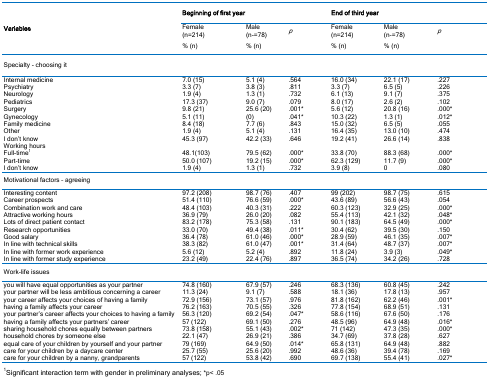
<table><thead><tr><td rowspan="3"><b>Variables</b></td><td colspan="3"><b>Beginning of first year</b></td><td colspan="3"><b>End of third year</b></td></tr><tr><td><b>Female (n=214)</b></td><td><b>Male (n-=78)</b></td><td><b>p</b></td><td><b>Female (n=214)</b></td><td><b>Male (n-=78)</b></td><td><b>p</b></td></tr><tr><td><b>% (n)</b></td><td><b>% (n)</b></td><td></td><td><b>% (n)</b></td><td><b>% (n)</b></td><td></td></tr></thead><tbody><tr><td>Specialty - choosing it</td><td></td><td></td><td></td><td></td><td></td><td></td></tr><tr><td>Internal medicine</td><td>7.0 (15)</td><td>5.1 (4)</td><td>.564</td><td>16.0 (34)</td><td>22.1 (17)</td><td>.227</td></tr><tr><td>Psychiatry</td><td>3.3 (7)</td><td>3.8 (3)</td><td>.811</td><td>3.3 (7)</td><td>6.5 (5)</td><td>.226</td></tr><tr><td>Neurology</td><td>1.9 (4)</td><td>1.3 (1)</td><td>.732</td><td>6.1 (13)</td><td>9.1 (7)</td><td>.375</td></tr><tr><td>Pediatrics</td><td>17.3 (37)</td><td>9.0 (7)</td><td>.079</td><td>8.0 (17)</td><td>2.6 (2)</td><td>.102</td></tr><tr><td>Surgery</td><td>9.8 (21)</td><td>25.6 (20)</td><td>.001<sup>*</sup></td><td>5.6 (12)</td><td>20.8 (16)</td><td>.000<sup>*</sup></td></tr><tr><td>Gynecology</td><td>5.1 (11)</td><td>(0)</td><td>.041<sup>*</sup></td><td>10.3 (22)</td><td>1.3 (1)</td><td>.012<sup>*</sup></td></tr><tr><td>Family medicine</td><td>8.4 (18)</td><td>7.7 (6)</td><td>.843</td><td>15.0 (32)</td><td>6.5 (5)</td><td>.055</td></tr><tr><td>Other</td><td>1.9 (4)</td><td>5.1 (4)</td><td>.131</td><td>16.4 (35)</td><td>13.0 (10)</td><td>.474</td></tr><tr><td>I don’t know</td><td>45.3 (97)</td><td>42.2 (33)</td><td>.646</td><td>19.2 (41)</td><td>26.6 (14)</td><td>.838</td></tr><tr><td>Working hours</td><td></td><td></td><td></td><td></td><td></td><td></td></tr><tr><td>Full-time<sup></sup></td><td>48.1(103)</td><td>79.5 (62)</td><td>.000<sup>*</sup></td><td>33.8 (70)</td><td>88.3 (68)</td><td>.000<sup>*</sup></td></tr><tr><td>Part-time</td><td>50.0 (107)</td><td>19.2 (15)</td><td>.000<sup>*</sup></td><td>62.3 (129)</td><td>11.7 (9)</td><td>.000<sup>*</sup></td></tr><tr><td>I don’t know</td><td>1.9 (4)</td><td>1.3 (1)</td><td>.732</td><td>3.9 (8)</td><td>0</td><td>.080</td></tr><tr><td>Motivational factors – agreeing</td><td></td><td></td><td></td><td></td><td></td><td></td></tr><tr><td>Interesting content</td><td>97.2 (208)</td><td>98.7 (76)</td><td>.407</td><td>99 (202)</td><td>98.7 (75)</td><td>.615</td></tr><tr><td>Career prospects</td><td>51.4 (110)</td><td>76.6 (59)</td><td>.000<sup>*</sup></td><td>43.6 (89)</td><td>56.6 (43)</td><td>.054</td></tr><tr><td>Combination work and care</td><td>48.4 (103)</td><td>40.3 (31)</td><td>.222</td><td>60.3 (123)</td><td>32.9 (25)</td><td>.000<sup>*</sup></td></tr><tr><td>Attractive working hours</td><td>36.9 (79)</td><td>26.0 (20)</td><td>.082</td><td>55.4 (113)</td><td>42.1 (32)</td><td>.048<sup>*</sup></td></tr><tr><td>Lots of direct patient contact</td><td>83.2 (178)</td><td>75.3 (58)</td><td>.131</td><td>90.1 (183)</td><td>64.5 (49)</td><td>.000<sup>*</sup></td></tr><tr><td>Research opportunities</td><td>33.0 (70)</td><td>49.4 (38)</td><td>.011<sup>*</sup></td><td>30.4 (62)</td><td>39.5 (30)</td><td>.150</td></tr><tr><td>Good salary</td><td>36.4 (78)</td><td>61.0 (46)</td><td>.000<sup>*</sup></td><td>28.9 (59)</td><td>46.1 (35)</td><td>.007<sup>*</sup></td></tr><tr><td>In line with technical skills</td><td>38.3 (82)</td><td>61.0 (47)</td><td>.001<sup>*</sup></td><td>31.4 (64)</td><td>48.7 (37)</td><td>.007<sup>*</sup></td></tr><tr><td>In line with former work experience</td><td>5.6 (12)</td><td>5.2 (4)</td><td>.892</td><td>11.8 (24)</td><td>3.9 (3)</td><td>.049<sup>*</sup></td></tr><tr><td>In line with former study experience</td><td>23.2 (49)</td><td>22.4 (76)</td><td>.897</td><td>36.5 (74)</td><td>34.2 (26)</td><td>.728</td></tr><tr><td>Work-life issues</td><td></td><td></td><td></td><td></td><td></td><td></td></tr><tr><td>you will have equal opportunities as your partner</td><td>74.8 (160)</td><td>67.9 (57)</td><td>.246</td><td>68.3 (136)</td><td>60.8 (45)</td><td>.242</td></tr><tr><td>your partner will be less ambitious concerning a career</td><td>11.3 (24)</td><td>9.1 (7)</td><td>.588</td><td>18.1 (36)</td><td>17.8 (13)</td><td>.957</td></tr><tr><td>your career affects your choices of having a family</td><td>72.9 (156)</td><td>73.1 (57)</td><td>.976</td><td>81.8 (162)</td><td>62.2 (46)</td><td>.001<sup>*</sup></td></tr><tr><td>having a family affects your career</td><td>76.2 (163)</td><td>70.5 (55)</td><td>.326</td><td>77.8 (154)</td><td>68.9 (51)</td><td>.131</td></tr><tr><td>your partner’s career affects your choices to having a family</td><td>56.3 (120)</td><td>69.2 (54)</td><td>.047<sup>*</sup></td><td>58.6 (116)</td><td>67.6 (50)</td><td>.176</td></tr><tr><td>having a family affects your partners’ career</td><td>57 (122)</td><td>69.1 (50)</td><td>.276</td><td>48.5 (96)</td><td>64.9 (48)</td><td>.016<sup>*</sup></td></tr><tr><td>sharing household chores equally between partners</td><td>73.8 (158)</td><td>55.1 (43)</td><td>.002<sup>*</sup></td><td>71 (142)</td><td>47.3 (35)</td><td>.000<sup>*</sup></td></tr><tr><td>household chores by someone else</td><td>22.1 (47)</td><td>26.9 (21)</td><td>.386</td><td>34.7 (69)</td><td>37.8 (28)</td><td>.627</td></tr><tr><td>equal care of your children by yourself and your partner</td><td>79 (169)</td><td>64.9 (50)</td><td>.014<sup>*</sup></td><td>65.8 (131)</td><td>64.9 (48)</td><td>.882</td></tr><tr><td>care for your children by a daycare center</td><td>25.7 (55)</td><td>25.6 (20)</td><td>.992</td><td>48.6 (36)</td><td>39.4 (78)</td><td>.169</td></tr><tr><td>care for your children by a nanny, grandparents</td><td>57 (122)</td><td>53.8 (42)</td><td>.690</td><td>69.7 (138)</td><td>55.4 (41)</td><td>.027<sup>*</sup></td></tr></tbody></table>